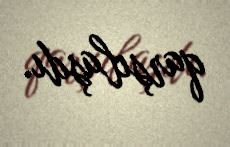
qarşılaşdı.